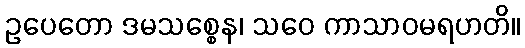
ဥပေတော ဒမသစ္စေန၊ သဝေ ကာသာဝမရဟတိ။